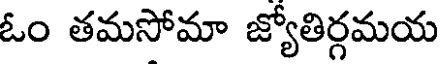
ఓం తమసోమా జ్యోతిర్గమయ